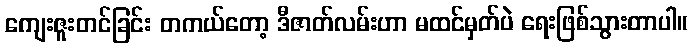
ကျေးဇူးတင်ခြင်း တကယ်တော့ ဒီဇာတ်လမ်းဟာ မထင်မှတ်ပဲ ရေးဖြစ်သွားတာပါ။